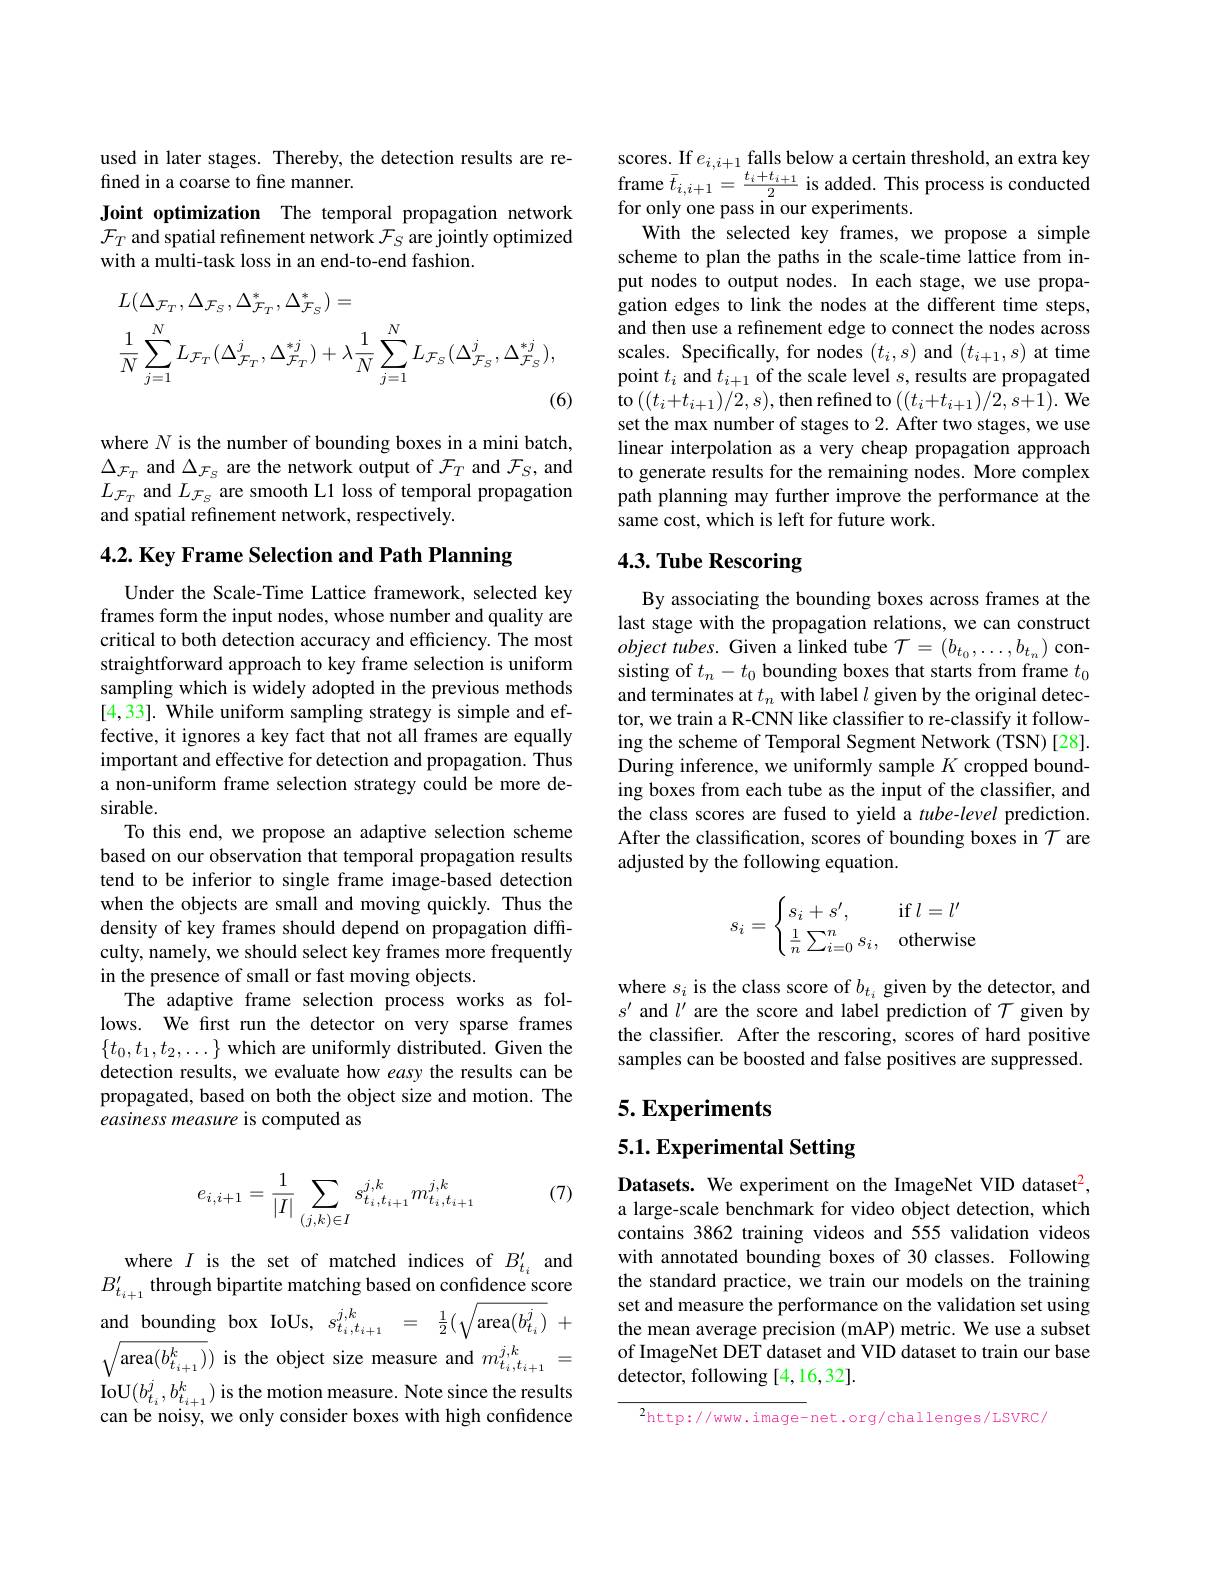
used in later stages. Thereby, the detection results are re-
fined in a coarse to fine manner.
Joint optimization The temporal propagation network $\mathcal{F}_{T}$ and spatial refinement network $\mathcal{F}_S$ are jointly optimized with a multi-task loss in an end-to-end fashion.
$$\begin{aligned}&L(\Delta_{\mathcal{F}_{T}},\Delta_{\mathcal{F}_{S}},\Delta_{\mathcal{F}_{T}}^{*},\Delta_{\mathcal{F}_{S}}^{*})=\\&\frac{1}{N}\sum_{j=1}^{N}L_{\mathcal{F}_{T}}(\Delta_{\mathcal{F}_{T}}^{j},\Delta_{\mathcal{F}_{T}}^{*j})+\lambda\frac{1}{N}\sum_{j=1}^{N}L_{\mathcal{F}_{S}}(\Delta_{\mathcal{F}_{S}}^{j},\Delta_{\mathcal{F}_{S}}^{*j}),\end{aligned}$$
(6)

where $N$ is the number of bounding boxes in a mini batch, $\Delta_{\mathcal{F}_{T}}$ and $\Delta_{\mathcal{F}_{S}}$ are the network output of $\mathcal{F}_T$ and $\mathcal{F}_S$, and $L_{\mathcal{F}_T}$ and $L_\mathcal{F}_S$ are smooth L1 loss of temporal propagation and spatial refinement network, respectively.

4.2. Key Frame Selection and Path Planning

Under the Scale-Time Lattice framework, selected key frames form the input nodes, whose number and quality are critical to both detection accuracy and efficiency. The most straightforward approach to key frame selection is uniform sampling which is widely adopted in the previous methods [4,33]. While uniform sampling strategy is simple and effective, it ignores a key fact that not all frames are equally important and effective for detection and propagation. Thus a non-uniform frame selection strategy could be more desirable.
To this end, we propose an adaptive selection scheme based on our observation that temporal propagation results tend to be inferior to single frame image-based detection when the objects are small and moving quickly. Thus the density of key frames should depend on propagation difficulty, namely, we should select key frames more frequently in the presence of small or fast moving objects.
The adaptive frame selection process works as follows. We first run the detector on very sparse frames $\{t_0,t_1,t_2,\ldots\}$ which are uniformly distributed. Given the detection results, we evaluate how easy the results can be propagated, based on both the object size and motion. The easiness measure is computed as

(7)
$$e_{i,i+1}=\dfrac{1}{|I|}\sum_{(j,k)\in I}s_{t_i,t_{i+1}}^{j,k}m_{t_i,t_{i+1}}^{j,k}$$
where $I$ is the set of matched indices of $B_{t_i}^{\prime}$ and $B_{t_{i+1}}^{\prime}$ through bipartite matching based on confidence score and bounding box IoUs, $s_{t_i,t_{i+1}}^{j,k}=\frac12(\sqrt{\mathrm{area}(b_{t_i}^j)}+$ ${\sqrt{\mathrm{area}(b_{t_{i+1}}^{k})}})$ is the object size measure and $m_t_{i,t_{i+1}}^{j,k}=$
$\operatorname{IoU}(b_{t_{i}}^{j},b_{t_{i+1}}^{k})$ is the motion measure. Note since the results can be noisy, we only consider boxes with high confidence

$\begin{array}{l}\mathrm{scores.~If~}e_{i,i+1}\text{ falls below a certain threshold, an extra key}\\\mathrm{frame~}\bar{t}_{i,i+1}=\frac{t_{i}+t_{i+1}}{2}\text{ is added. This process is conducted}\end{array}$
for only one pass in our experiments.
With the selected key frames, we propose a simple scheme to plan the paths in the scale-time lattice from input nodes to output nodes. In each stage, we use propagation edges to link the nodes at the different time steps, and then use a refinement edge to connect the nodes across scales. Specifically, for nodes $(t_i,s)$ and $(t_{i+1},s)$ at time point $t_i$ and $t_{i+1}$ of the scale level $s$, results are propagated to$\left((t_{i}+t_{i+1})/2,s\right)$,then refined to$\left((t_{i}+t_{i+1})/2,s+1\right).$We set the max number of stages to 2. After two stages, we use linear interpolation as a very cheap propagation approach to generate results for the remaining nodes. More complex path planning may further improve the performance at the same cost, which is left for future work.

## 4.3. Tube Rescoring

By associating the bounding boxes across frames at the last stage with the propagation relations, we can construct object tubes. Given a linked tube $\mathcal{T}=(b_{t_0},\ldots,b_{t_n})$ consisting of $t_n-t_0$ bounding boxes that starts from frame $t_0$ and terminates at $t_n$ with label $l$ given by the original detector, we train a R-CNN like classifier to re-classify it following the scheme of Temporal Segment Network (TSN) [28]. During inference, we uniformly sample $K$ cropped bounding boxes from each tube as the input of the classifier, and the class scores are fused to yield a $tube-level$ prediction. After the classification, scores of bounding boxes in $\mathcal{T}$ are adjusted by the following equation.
$$s_i=\begin{cases}s_i+s',&\text{if}l=l'\\\frac{1}{n}\sum_{i=0}^ns_i,&\text{otherwise}\end{cases}$$
where $s_i$ is the class score of $b_t_i$ given by the detector, and $s^{\prime}$ and $l^\prime$ are the score and label prediction of $\mathcal{T}$ given by the classifier. After the rescoring, scores of hard positive samples can be boosted and false positives are suppressed.

## 5. Experiments

5.1. Experimental Setting

Datasets. We experiment on the ImageNet VID dataset$^2$, a large-scale benchmark for video object detection, which contains 3862 training videos and 555 validation videos with annotated bounding boxes of 30 classes. Following the standard practice, we train our models on the training set and measure the performance on the validation set using the mean average precision (mAP) metric. We use a subset of ImageNet DET dataset and VID dataset to train our base detector, following [4,16,32].

$^2$http://www.image-net.org/challenges/LSVRC/